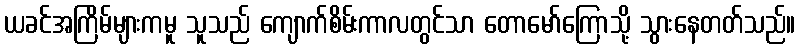
ယခင်အကြိမ်များကမူ သူသည် ကျောက်စိမ်းကာလတွင်သာ တောမော်ကြောသို့ သွားနေတတ်သည်။